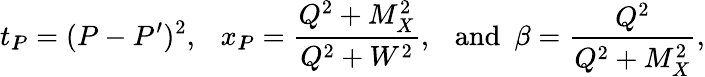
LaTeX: t_{I\! \! P}=(P-P^{\prime})^{2},~~~x_{I\! \! P}=\frac{Q^{2}+M_{X}^{2}}{Q^{2}+W^{2}},~~~\mathrm{and}~~\beta=\frac{Q^{2}}{Q^{2}+M_{X}^{2}},